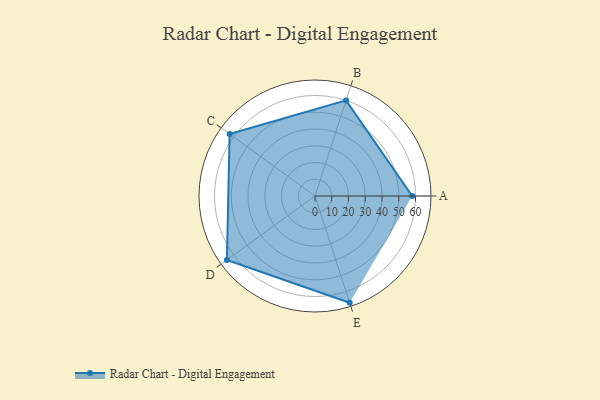
{"axis": {"x": "Skill", "y": "Score"}, "legend": ["Profile"], "data": [{"x": "A", "y": 58.0, "type": "Profile"}, {"x": "B", "y": 60.0, "type": "Profile"}, {"x": "C", "y": 63.0, "type": "Profile"}, {"x": "D", "y": 65.0, "type": "Profile"}, {"x": "E", "y": 67.0, "type": "Profile"}]}